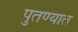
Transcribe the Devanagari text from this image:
पुतण्यात